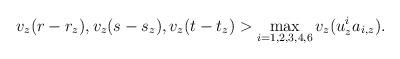
LaTeX: \begin{align*}v_{z}(r-r_{z}),v_{z}(s-s_{z}),v_{z}(t-t_{z})>\max_{i=1,2,3,4,6}v_{z}(u_{z}^{i}a_{i,z}).\end{align*}